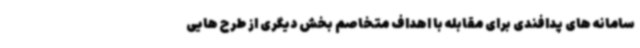
سامانه های پدافندی برای مقابله با اهداف متخاصم بخش دیگری از طرح هایی